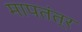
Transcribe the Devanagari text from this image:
मापतंत्र